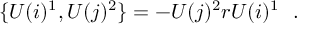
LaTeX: \{ U ( i ) ^ { 1 } , U ( j ) ^ { 2 } \} = - U ( j ) ^ { 2 } r U ( i ) ^ { 1 } \ \ .